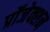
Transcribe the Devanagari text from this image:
प्रॉजेक्शन